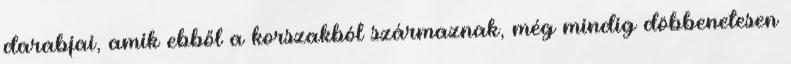
darabjai, amik ebből a korszakból származnak, még mindig döbbenetesen